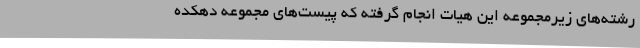
رشته‌های زیرمجموعه این هیات انجام گرفته که پیست‌های مجموعه دهکده